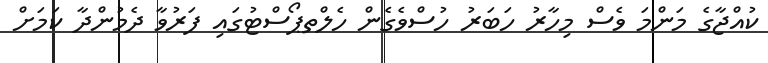
ކުއްޖާގެ މަންމަ ވެސް މިހާރު ހަބަރު ހުސްވެގެން ހެލްތޕޯސްޓުގައި ފަރުވާ ދެމުންދާ ކަމަށް